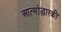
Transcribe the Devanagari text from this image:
आत्मोद्धारकी